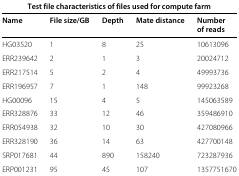
| <COLSPAN=5> Test file characteristics of files used for compute farm |
 | Name | File size/GB | Depth | Mate distance | Number of reads |
 | --- | --- | --- | --- | --- |
 | HG03520 | 1 | 8 | 25 | 10613096 |
 | ERR239642 | 2 | 1 | 3 | 20024712 |
 | ERR217514 | 5 | 2 | 4 | 49993736 |
 | ERR196957 | 7 | 1 | 148 | 99923268 |
 | HG00096 | 15 | 4 | 5 | 145063589 |
 | ERR328876 | 33 | 12 | 46 | 359486910 |
 | ERR054938 | 32 | 10 | 30 | 427080966 |
 | ERR328190 | 36 | 14 | 63 | 427700148 |
 | SRP017681 | 44 | 890 | 158240 | 723287936 |
 | ERP001231 | 95 | 45 | 107 | 1357751670 |